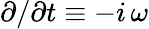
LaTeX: \partial/\partial t\equiv-i\, \omega